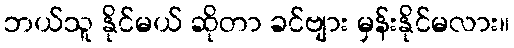
ဘယ်သူ နိုင်မယ် ဆိုတာ ခင်ဗျား မှန်းနိုင်မလား။